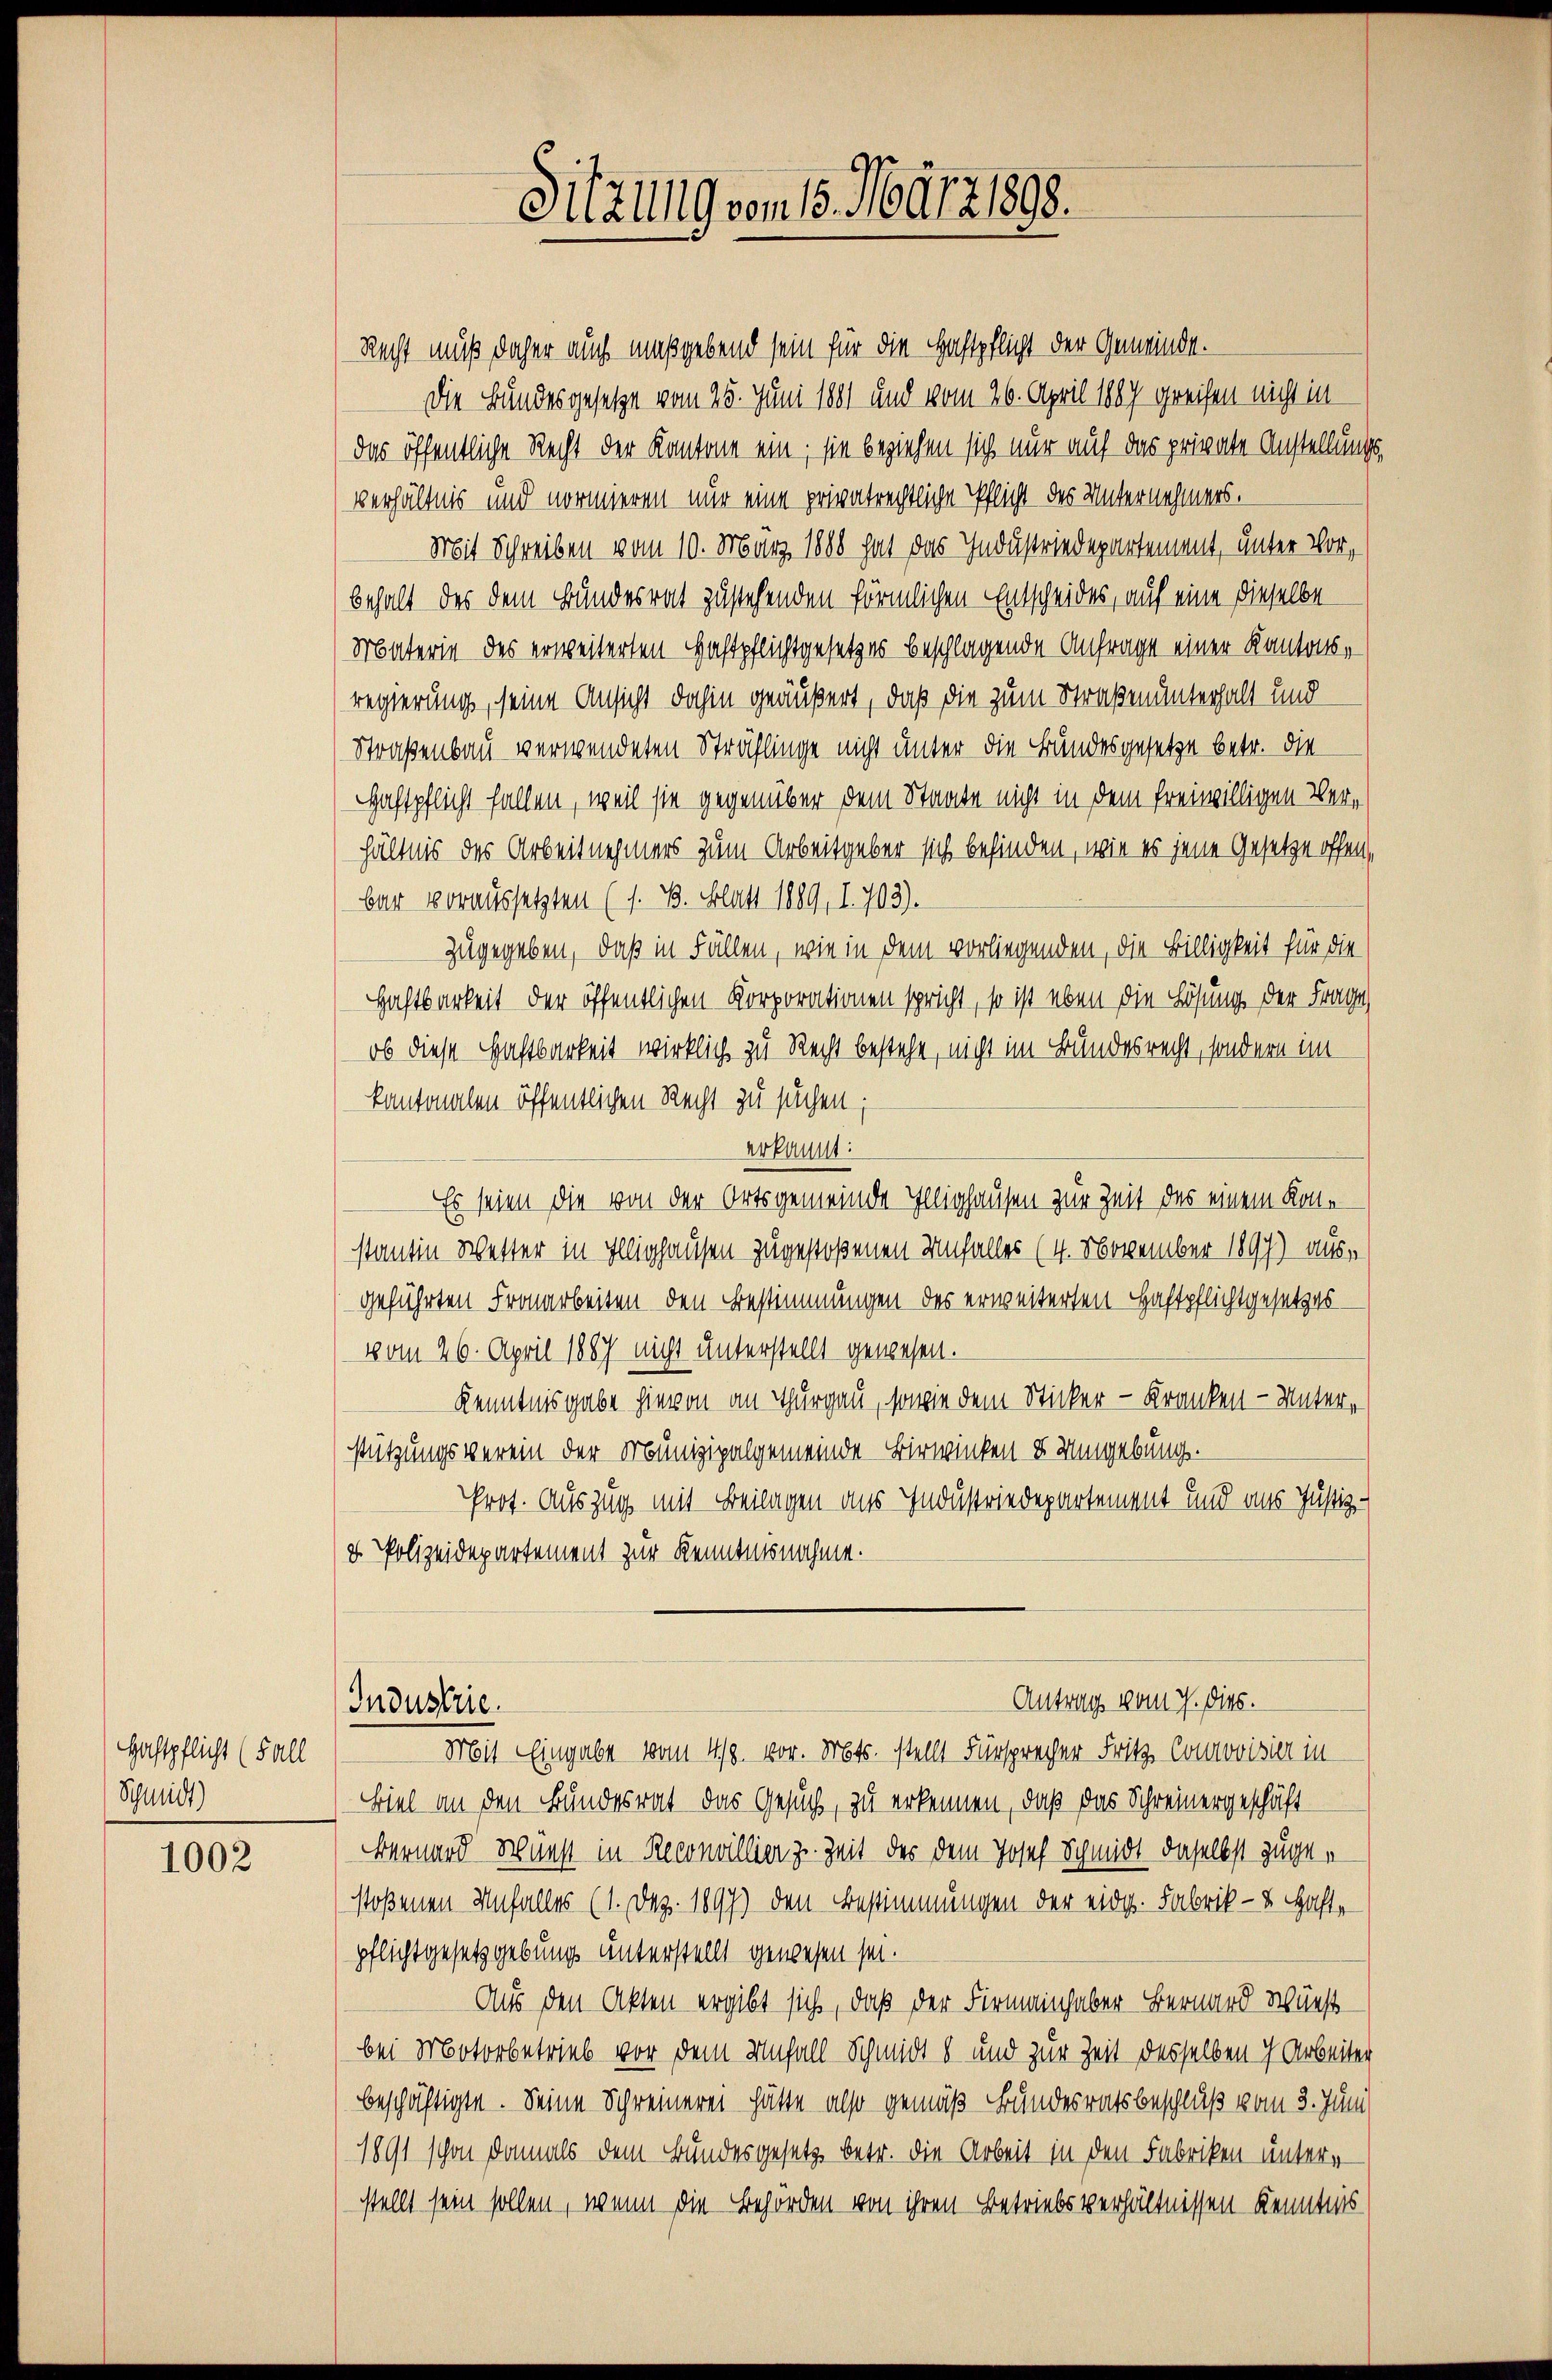
Haftpflicht (Fall
Schmidt)

1002

Recht muß daher auch maßgebend sein für die Haftpflicht der Gemeinde.
Die Bundesgesetze vom 25. Juni 1881 und vom 26. April 1887 greifen nicht in
das öffentliche Recht der Kantone ein; sie beziehen sich nur auf das private Anstellungsverhältnis und normieren nur eine privatrechtliche Pflicht des Unternehmers.
Mit Schreiben vom 10. März 1888 hat das Industriedepartement, unter Vorbehalt des dem Bundesrat zustehenden förmlichen Entscheides, auf eine dieselbe
Materie des erweiterten Haftpflichtgesetzes beschlagende Anfrage einer Kantonsregierung, seine Ansicht dahin geäußert, daß die zum Straßenunterhalt und
Straßenbau verwendeten Sträflinge nicht unter die Bundesgesetze betr. die
Haftpflicht fallen, weil sie gegenüber dem Staate nicht in dem freiwilligen Verhältnis des Arbeitnehmers zum Arbeitgeber sich befinden, wie es jene Gesetze offen,
bar voraussetzten (s. B. Blatt 1889, I. 703).
zugegeben, daß in Fällen, wie in dem vorliegenden, die Billigkeit für die
Haftbarkeit der öffentlichen Korporationen spricht, so ist eben die Lösung der Frage
ob diese Haftbarkeit wirklich zu Recht bestehe, nicht im Bundesrecht, sondern im
kantonalen öffentlichen Recht zu suchen;
erkannt:
Es seien die von der Ortsgemeinde Illighausen zur Zeit des einem Kon-
stantin Wetter in Illighausen zugestoßenen Unfalles (4. November 1897) ausgeführten Fronarbeiten den Bestimmungen des erweiterten Haftpflichtgesetzes
vom 26. April 1887 nicht unterstellt gewesen.
Kenntnisgabe hievon an Thurgau, sowie dem Sticker - Kranken - Unterstützungsverein der Munizipalgemeinde Birwinken u Umgebung.
Prot. Auszug mit Beilagen aus Industriedepartement und ans Justiz-
v. Polizeidepartement zur Kenntnisnahme.
Antrag vom 7. dies.
Industrie
Mit Eingabe vom 19. vor. Mts. stellt Fürsprecher Fritz- Conrovisier in
Biel an den Bundesrat das Gesuch, zu erkennen, daß das Schreinergeschäft
Bernard Wrunst in Reconvillier z. Zeit des dem Josef Schmidt daselbst zugen
stoßenen Unfalles (1. Dez. 1897) den Bestimmungen der eid. Fabrik- u. Haft-
pflichtgesetzgebung unterstellt gewesen sei.
Aus den Akten ergibt sich, daß der Firmainhaber Bernard Wüns
bei Motorbetrieb vor dem Unfall Schmidt 8 und zur Zeit desselben ich Arbeiter
beschäftigte. Seine Schreinerei hätte also gemäß Bundesratsbeschluß vom 3. Juni
1891 schon damals dem Bundesgesetz betr. die Arbeit in den Fabriken untere
stellt sein sollen, wenn die Behörden von ihren Betriebsverhältnissen Kenntnis

Sitzung vom 15. März 1898.